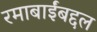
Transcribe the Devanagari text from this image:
रमाबाईंबद्दल